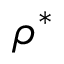
\rho ^ { * }